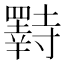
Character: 𫅌